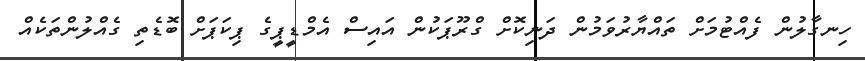
ހިނގާލުން ފެއްޓުމަށް ތައްޔާރުވަމުން ދަނިކޮށް ގްރޫޕަކުން އައިސް އެމްޑީޕީގެ ޕިކަޕަށް ބޮޑެތި ގެއްލުންތަކެއް